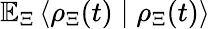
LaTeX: \mathbb{E}_{\Xi}\left\langle\rho_{\Xi}(t)\mid\rho_{\Xi}(t)\right\rangle